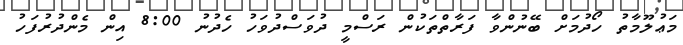
މަޢުލޫމާތު ހޯދުމަށް ބޭނުންވާ ފަރާތްތަކުން ރަސްމީ ދުވަސްދުވަހު ހެދުނު 8:00 އިން މެންދުރުފަހު